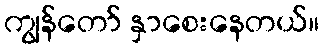
ကျွန်တော် နှာစေးနေတယ်။